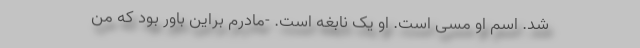
شد. اسم او مسی است. او یک نابغه است. -مادرم براین باور بود که من